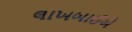
લાખબાઈએ